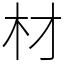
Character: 材